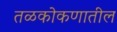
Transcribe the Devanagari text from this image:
तळकोकणातील